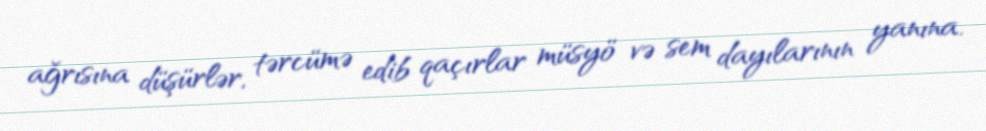
ağrısına düşürlər, tərcümə edib qaçırlar müsyö və sem dayılarının yanına.